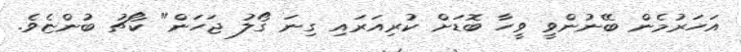
އަހަރުމެން ބޭނުންވީ ވީހާ ބޮޑަށް ކުރިއަރައި ގިނަ ގޯލު ޖަހަން" ކޯޗު ބުންޏެވެ.